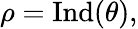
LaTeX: \rho={\mathrm{Ind}}(\theta),